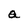
Character: a